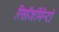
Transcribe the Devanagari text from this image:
रिसॉर्जीमेन्टो